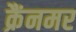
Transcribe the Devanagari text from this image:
क्रैंनमर